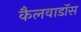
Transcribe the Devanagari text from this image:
कैलवाडॉस